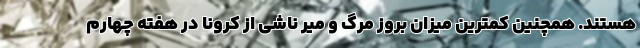
هستند. همچنین کمترین میزان بروز مرگ و میر ناشی از کرونا در هفته چهارم